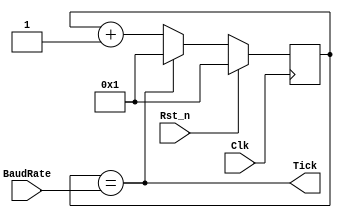
/*baud rate = 9600. The clock of FPGA is 100MHz. 
we want the "TICKS" to ahev 16 times the frequency of the UART signal,
so we need a frequency 16 times the 9600Hz.
That the pulse = 100M/9600/16 = 650,
So set baud rate to 650 in bluetooth.
*/
module BaudRate_gen(Clk, Rst_n, Tick, BaudRate);
    input Clk, Rst_n;
    input [15:0]BaudRate;
    output Tick ; // 650 pulses generte a tick pulse
    reg [15:0]count ; //count pulse

    always @(posedge Clk)
        if (Rst_n) count <= 16'b1;
        else if (Tick) count <= 16'b1;
            else count <= count + 1'b1;
    assign Tick = (count == BaudRate);
endmodule